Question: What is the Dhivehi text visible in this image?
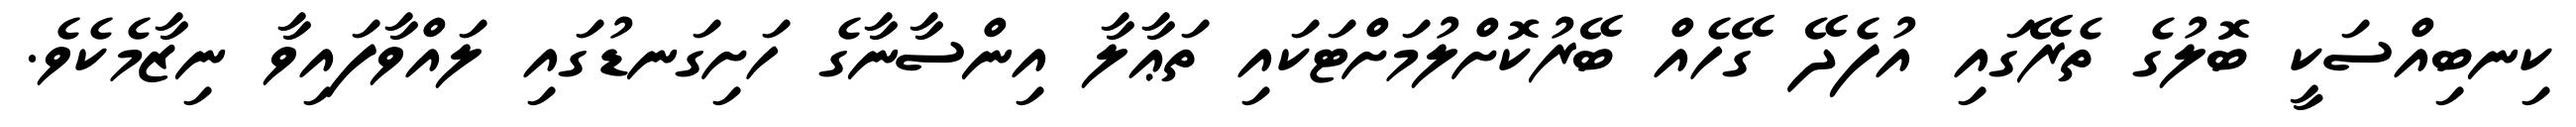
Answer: ކިނބިއްސަކީ ބޮލުގެ ތެރޭގައި އުފެދޭ ގޭހެއް ބޭރުކޮށްލުމަށްޓަކައި ތަޢާލާ އިންސާނާގެ ހަށިގަނޑުގައި ލައްވާފައިވާ ނިޒާމެކެވެ.